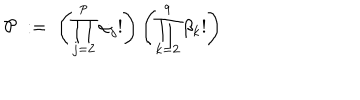
{ \mathcal { P } } \; : = \; \left( \prod _ { j = 2 } ^ { p } \alpha _ { j } ! \right) \left( \prod _ { k = 2 } ^ { q } \beta _ { k } ! \right)